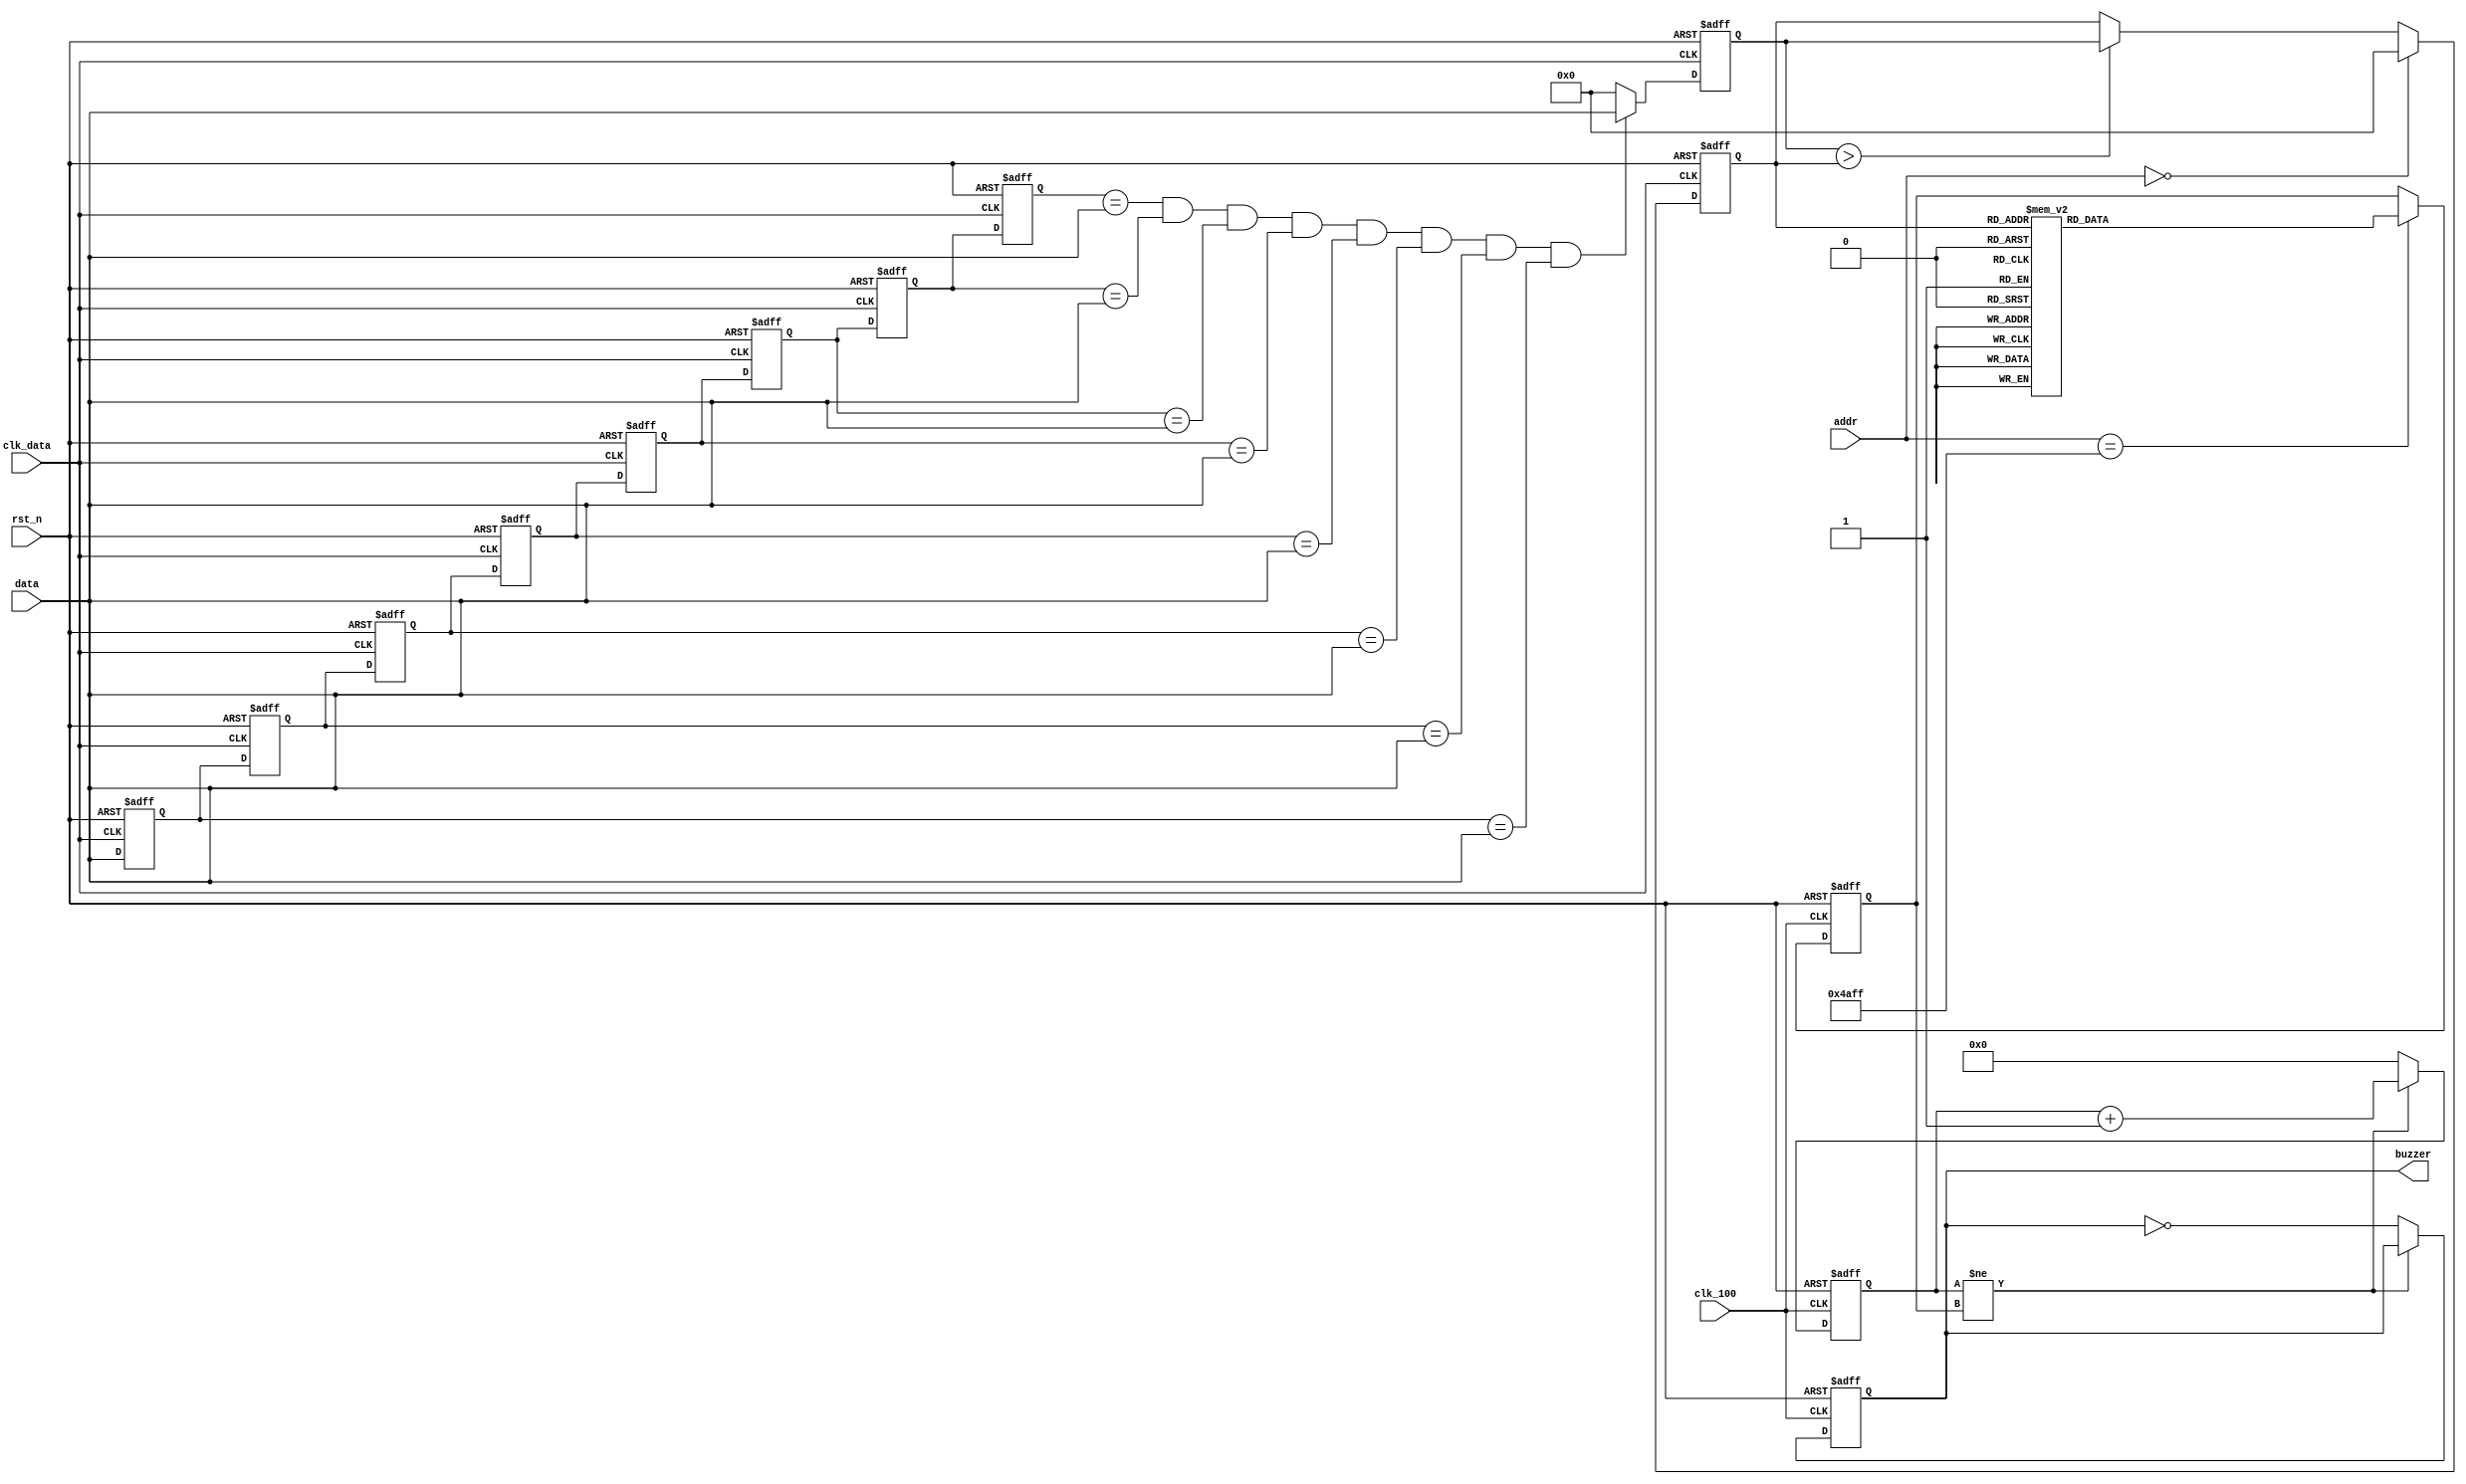
module buzzer
(
	input wire        clk_data,
	input wire [14:0] addr,
	input wire [7:0]  data,
	
	input wire        clk_100,
	input wire        rst_n,
	
	output reg        buzzer
);

reg [7:0]  max;
reg [15:0] freq;
reg [15:0] clk_div;

reg [7:0] history0;
reg [7:0] history1;
reg [7:0] history2;
reg [7:0] history3;

reg [7:0] history4;
reg [7:0] history5;
reg [7:0] history6;
reg [7:0] history7;

reg [7:0] data_after_filter;

always@(posedge clk_data or negedge rst_n)
if(!rst_n) begin
	history0<=0;
	history1<=0;
	history2<=0;
	history3<=0;
	history4<=0;
	history5<=0;
	history6<=0;
	history7<=0;
end
else begin
	history0<=history1;
	history1<=history2;
	history2<=history3;
	history3<=history4;
	history4<=history5;
	history5<=history6;
	history6<=history7;
	history7<=data;
end

always@(posedge clk_data or negedge rst_n)
if(!rst_n)
	data_after_filter <= 0;
else if(history0==data &&
		history1==data &&
		history2==data &&
		history3==data &&
		history4==data &&
		history5==data &&
		history6==data &&
		history7==data)
	data_after_filter <= data;
else
	data_after_filter <= 0;


always@(posedge clk_data or negedge rst_n)
if(!rst_n)
	max <= 0;
else if(addr == 0)
	max <= 0;
else if(data_after_filter > max)
	max <= data_after_filter;
	
always@(posedge clk_100 or negedge rst_n)
if(!rst_n)
	freq <= 0;
else if(addr == 19199)
	case(max)
		8'd0  :freq<=520000;
		8'd1  :freq<=518000;
		8'd2  :freq<=516000;
		8'd3  :freq<=514000;
		8'd4  :freq<=512000;
		8'd5  :freq<=510000;
		8'd6  :freq<=508000;
		8'd7  :freq<=506000;
		8'd8  :freq<=504000;
		8'd9  :freq<=502000;
		8'd10 :freq<=500000;
		8'd11 :freq<=498000;
		8'd12 :freq<=496000;
		8'd13 :freq<=494000;
		8'd14 :freq<=492000;
		8'd15 :freq<=490000;
		8'd16 :freq<=488000;
		8'd17 :freq<=486000;
		8'd18 :freq<=484000;
		8'd19 :freq<=482000;
		8'd20 :freq<=480000;
		8'd21 :freq<=478000;
		8'd22 :freq<=476000;
		8'd23 :freq<=474000;
		8'd24 :freq<=472000;
		8'd25 :freq<=470000;
		8'd26 :freq<=468000;
		8'd27 :freq<=466000;
		8'd28 :freq<=464000;
		8'd29 :freq<=462000;
		8'd30 :freq<=460000;
		8'd31 :freq<=458000;
		8'd32 :freq<=456000;
		8'd33 :freq<=454000;
		8'd34 :freq<=452000;
		8'd35 :freq<=450000;
		8'd36 :freq<=448000;
		8'd37 :freq<=446000;
		8'd38 :freq<=444000;
		8'd39 :freq<=442000;
		8'd40 :freq<=440000;
		8'd41 :freq<=438000;
		8'd42 :freq<=436000;
		8'd43 :freq<=434000;
		8'd44 :freq<=432000;
		8'd45 :freq<=430000;
		8'd46 :freq<=428000;
		8'd47 :freq<=426000;
		8'd48 :freq<=424000;
		8'd49 :freq<=422000;
		8'd50 :freq<=420000;
		8'd51 :freq<=418000;
		8'd52 :freq<=416000;
		8'd53 :freq<=414000;
		8'd54 :freq<=412000;
		8'd55 :freq<=410000;
		8'd56 :freq<=408000;
		8'd57 :freq<=406000;
		8'd58 :freq<=404000;
		8'd59 :freq<=402000;
		8'd60 :freq<=400000;
		8'd61 :freq<=398000;
		8'd62 :freq<=396000;
		8'd63 :freq<=394000;
		8'd64 :freq<=392000;
		8'd65 :freq<=390000;
		8'd66 :freq<=388000;
		8'd67 :freq<=386000;
		8'd68 :freq<=384000;
		8'd69 :freq<=382000;
		8'd70 :freq<=380000;
		8'd71 :freq<=378000;
		8'd72 :freq<=376000;
		8'd73 :freq<=374000;
		8'd74 :freq<=372000;
		8'd75 :freq<=370000;
		8'd76 :freq<=368000;
		8'd77 :freq<=366000;
		8'd78 :freq<=364000;
		8'd79 :freq<=362000;
		8'd80 :freq<=360000;
		8'd81 :freq<=358000;
		8'd82 :freq<=356000;
		8'd83 :freq<=354000;
		8'd84 :freq<=352000;
		8'd85 :freq<=350000;
		8'd86 :freq<=348000;
		8'd87 :freq<=346000;
		8'd88 :freq<=344000;
		8'd89 :freq<=342000;
		8'd90 :freq<=340000;
		8'd91 :freq<=338000;
		8'd92 :freq<=336000;
		8'd93 :freq<=334000;
		8'd94 :freq<=332000;
		8'd95 :freq<=330000;
		8'd96 :freq<=328000;
		8'd97 :freq<=326000;
		8'd98 :freq<=324000;
		8'd99 :freq<=322000;
		8'd100:freq<=320000;
		8'd101:freq<=318000;
		8'd102:freq<=316000;
		8'd103:freq<=314000;
		8'd104:freq<=312000;
		8'd105:freq<=310000;
		8'd106:freq<=308000;
		8'd107:freq<=306000;
		8'd108:freq<=304000;
		8'd109:freq<=302000;
		8'd110:freq<=300000;
		8'd111:freq<=298000;
		8'd112:freq<=296000;
		8'd113:freq<=294000;
		8'd114:freq<=292000;
		8'd115:freq<=290000;
		8'd116:freq<=288000;
		8'd117:freq<=286000;
		8'd118:freq<=284000;
		8'd119:freq<=282000;
		8'd120:freq<=280000;
		8'd121:freq<=278000;
		8'd122:freq<=276000;
		8'd123:freq<=274000;
		8'd124:freq<=272000;
		8'd125:freq<=270000;
		8'd126:freq<=268000;
		8'd127:freq<=266000;
		8'd128:freq<=264000;
		8'd129:freq<=262000;
		8'd130:freq<=260000;
		8'd131:freq<=258000;
		8'd132:freq<=256000;
		8'd133:freq<=254000;
		8'd134:freq<=252000;
		8'd135:freq<=250000;
		8'd136:freq<=248000;
		8'd137:freq<=246000;
		8'd138:freq<=244000;
		8'd139:freq<=242000;
		8'd140:freq<=240000;
		8'd141:freq<=238000;
		8'd142:freq<=236000;
		8'd143:freq<=234000;
		8'd144:freq<=232000;
		8'd145:freq<=230000;
		8'd146:freq<=228000;
		8'd147:freq<=226000;
		8'd148:freq<=224000;
		8'd149:freq<=222000;
		8'd150:freq<=220000;
		8'd151:freq<=218000;
		8'd152:freq<=216000;
		8'd153:freq<=214000;
		8'd154:freq<=212000;
		8'd155:freq<=210000;
		8'd156:freq<=208000;
		8'd157:freq<=206000;
		8'd158:freq<=204000;
		8'd159:freq<=202000;
		8'd160:freq<=200000;
		8'd161:freq<=198000;
		8'd162:freq<=196000;
		8'd163:freq<=194000;
		8'd164:freq<=192000;
		8'd165:freq<=190000;
		8'd166:freq<=188000;
		8'd167:freq<=186000;
		8'd168:freq<=184000;
		8'd169:freq<=182000;
		8'd170:freq<=180000;
		8'd171:freq<=178000;
		8'd172:freq<=176000;
		8'd173:freq<=174000;
		8'd174:freq<=172000;
		8'd175:freq<=170000;
		8'd176:freq<=168000;
		8'd177:freq<=166000;
		8'd178:freq<=164000;
		8'd179:freq<=162000;
		8'd180:freq<=160000;
		8'd181:freq<=158000;
		8'd182:freq<=156000;
		8'd183:freq<=154000;
		8'd184:freq<=152000;
		8'd185:freq<=150000;
		8'd186:freq<=148000;
		8'd187:freq<=146000;
		8'd188:freq<=144000;
		8'd189:freq<=142000;
		8'd190:freq<=140000;
		8'd191:freq<=138000;
		8'd192:freq<=136000;
		8'd193:freq<=134000;
		8'd194:freq<=132000;
		8'd195:freq<=130000;
		8'd196:freq<=128000;
		8'd197:freq<=126000;
		8'd198:freq<=124000;
		8'd199:freq<=122000;
		8'd200:freq<=120000;
		8'd201:freq<=118000;
		8'd202:freq<=116000;
		8'd203:freq<=114000;
		8'd204:freq<=112000;
		8'd205:freq<=110000;
		8'd206:freq<=108000;
		8'd207:freq<=106000;
		8'd208:freq<=104000;
		8'd209:freq<=102000;
		8'd210:freq<=100000;
		8'd211:freq<=98000 ;
		8'd212:freq<=96000 ;
		8'd213:freq<=94000 ;
		8'd214:freq<=92000 ;
		8'd215:freq<=90000 ;
		8'd216:freq<=88000 ;
		8'd217:freq<=86000 ;
		8'd218:freq<=84000 ;
		8'd219:freq<=82000 ;
		8'd220:freq<=80000 ;
		8'd221:freq<=78000 ;
		8'd222:freq<=76000 ;
		8'd223:freq<=74000 ;
		8'd224:freq<=72000 ;
		8'd225:freq<=70000 ;
		8'd226:freq<=68000 ;
		8'd227:freq<=66000 ;
		8'd228:freq<=64000 ;
		8'd229:freq<=62000 ;
		8'd230:freq<=60000 ;
		8'd231:freq<=58000 ;
		8'd232:freq<=56000 ;
		8'd233:freq<=54000 ;
		8'd234:freq<=52000 ;
		8'd235:freq<=50000 ;
		8'd236:freq<=48000 ;
		8'd237:freq<=46000 ;
		8'd238:freq<=44000 ;
		8'd239:freq<=42000 ;
		8'd240:freq<=40000 ;
		8'd241:freq<=38000 ;
		8'd242:freq<=36000 ;
		8'd243:freq<=34000 ;
		8'd244:freq<=32000 ;
		8'd245:freq<=30000 ;
		8'd246:freq<=28000 ;
		8'd247:freq<=26000 ;
		8'd248:freq<=24000 ;
		8'd249:freq<=22000 ;
		8'd250:freq<=20000 ;
		8'd251:freq<=18000 ;
		8'd252:freq<=16000 ;
		8'd253:freq<=14000 ;
		8'd254:freq<=12000 ;
		8'd255:freq<=10000 ;
	endcase

always@(posedge clk_100 or negedge rst_n)
if(!rst_n) begin
	clk_div <= 0;
	buzzer  <= 0;
end
else if(clk_div != freq)
	clk_div <= clk_div + 1;
else begin
	clk_div <= 0;
	buzzer  <= ~buzzer;
end

endmodule